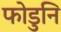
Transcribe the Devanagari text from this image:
फोडुनि